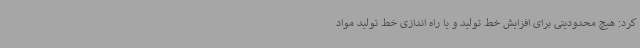
کرد: هیچ محدودیتی برای افزایش خط تولید و یا راه اندازی خط تولید مواد